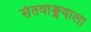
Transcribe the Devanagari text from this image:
संतवाङ्मयाला